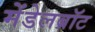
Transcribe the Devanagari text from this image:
मेंडेलब्रॉट